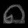
Digit: ၈